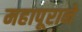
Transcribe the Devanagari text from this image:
महापूराने